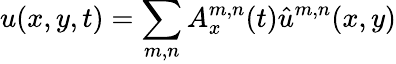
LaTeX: u(x,y,t)=\sum_{m,n}A_{x}^{m,n}(t)\hat{u}^{m,n}(x,y)